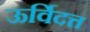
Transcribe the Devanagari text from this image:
ऊर्विदत्त